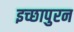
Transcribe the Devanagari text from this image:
इच्छापुरन